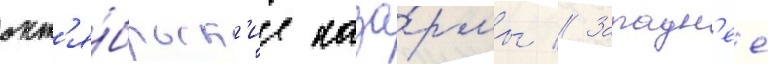
окт'я́брьск'ие каза́рмы // Западн'ее